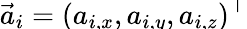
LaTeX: \vec{a}_{i}=\smash{(a_{i,x},a_{i,y},a_{i,z})^{\top}}